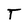
Character: T